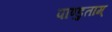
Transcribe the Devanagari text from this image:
पाण्डुताम्‌